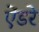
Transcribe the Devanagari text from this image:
ऐंडरे